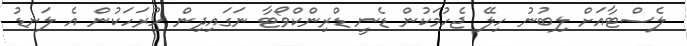
ލެސްޓާއަށް ލިބުނު ހިލޭ ޖެހުމަކުން ޑެނީ ޑްރިންކްވޯޓާ ނަގައިދިން ހުރަހަކުން އެ ލަނޑު